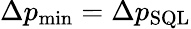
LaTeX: \Delta p_{\mathrm{min}}=\Delta p_{\mathrm{SQL}}